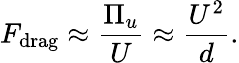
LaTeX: F_{\mathrm{drag}}\approx\frac{\Pi_{u}}{U}\approx\frac{U^{2}}{d}.